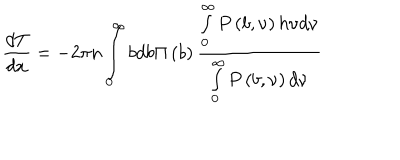
\frac { d T } { d x } = - 2 \pi n \int _ { 0 } ^ { \infty } { b d b } \Pi \left( b \right) \frac { \int _ { 0 } ^ { \infty } { P \left( { b , \nu } \right) h \nu d \nu } } { \int _ { 0 } ^ { \infty } { P \left( { b , \nu } \right) d \nu } }